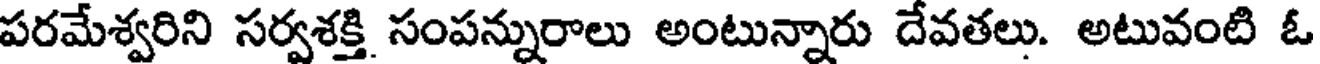
పరమేశ్వరిని సర్వశక్తి సంపన్నురాలు అంటున్నారు దేవతలు. అటువంటి ఓ